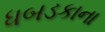
ધબડકાના